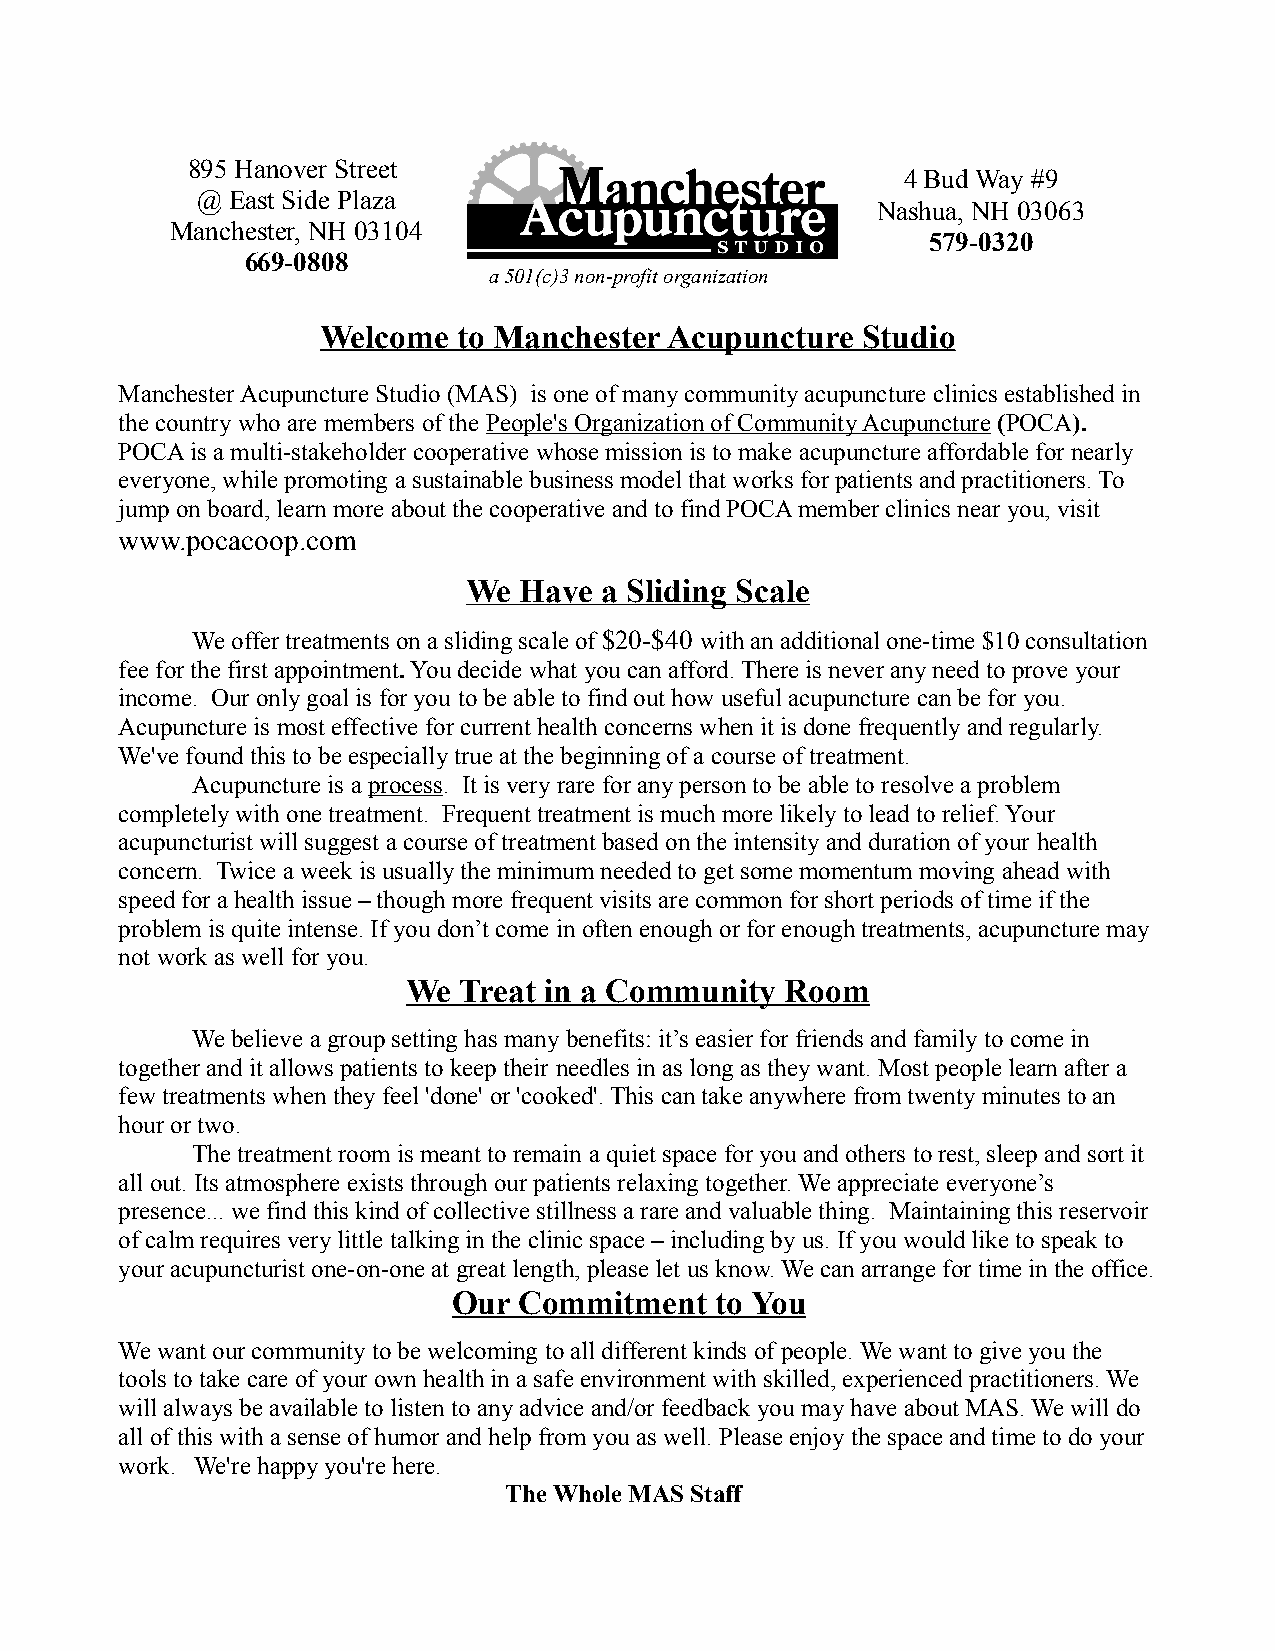
895 Hanover Street
 4 Bud Way #9
 @ East Side Plaza
 Nashua, NH 03063
 Manchester, NH 03104
 579-0320
 669-0808
 a 501(c)3 non-profit organization
 Welcome  to Manchester Acupuncture  Studio
 Manchester Acupuncture Studio (MAS) is one of many community acupuncture clinics established in
 the country who are members of the People's Organization of Community Acupuncture (POCA).
 POCA is a multi-stakeholder cooperative whose mission is to make acupuncture affordable for nearly
 everyone, while promoting a sustainable business model that works for patients and practitioners. To
 jump on board, learn more about the cooperative and to find POCA member clinics near you, visit
 www.pocacoop.com
 We Have  a Sliding Scale
 We offer treatments on a sliding scale of $20-$40 with an additional one-time $10 consultation
 fee for the first appointment. You decide what you can afford. There is never any need to prove your
 income. Our only goal is for you to be able to find out how useful acupuncture can be for you.
 Acupuncture is most effective for current health concerns when it is done frequently and regularly.
 We've found this to be especially true at the beginning of a course of treatment.
 Acupuncture is a process. It is very rare for any person to be able to resolve a problem
 completely with one treatment. Frequent treatment is much more likely to lead to relief. Your
 acupuncturist will suggest a course of treatment based on the intensity and duration of your health
 concern. Twice a week is usually the minimum needed to get some momentum moving ahead with
 speed for a health issue – though more frequent visits are common for short periods of time if the
 problem is quite intense. If you don’t come in often enough or for enough treatments, acupuncture may
 not work as well for you.
 We Treat in a Community  Room
 We believe a group setting has many benefits: it’s easier for friends and family to come in
 together and it allows patients to keep their needles in as long as they want. Most people learn after a
 few treatments when they feel 'done' or 'cooked'. This can take anywhere from twenty minutes to an
 hour or two.
 The treatment room is meant to remain a quiet space for you and others to rest, sleep and sort it
 all out. Its atmosphere exists through our patients relaxing together. We appreciate everyone’s
 presence... we find this kind of collective stillness a rare and valuable thing. Maintaining this reservoir
 of calm requires very little talking in the clinic space – including by us. If you would like to speak to
 your acupuncturist one-on-one at great length, please let us know. We can arrange for time in the office.
 Our Commitment   to You
 We want our community to be welcoming to all different kinds of people. We want to give you the
 tools to take care of your own health in a safe environment with skilled, experienced practitioners. We
 will always be available to listen to any advice and/or feedback you may have about MAS. We will do
 all of this with a sense of humor and help from you as well. Please enjoy the space and time to do your
 work. We're happy you're here.
 The Whole MAS Staff